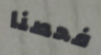
فحصنا